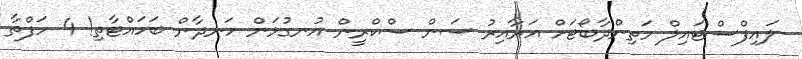
ލައިފްސްޓައިލް މަތިންދާބޯޓަށް އަރާއިރު ސަން ސްކްރީން އުނގުޅަން ހަނދާން ބަހައްޓާތި! 4 ހަފްތާ